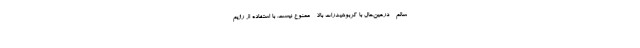
سالم - درعین‌حال با کربوهیدرات بالا - ممنوع نیست. با استفاده از رژیم